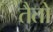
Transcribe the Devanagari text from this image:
तैतो